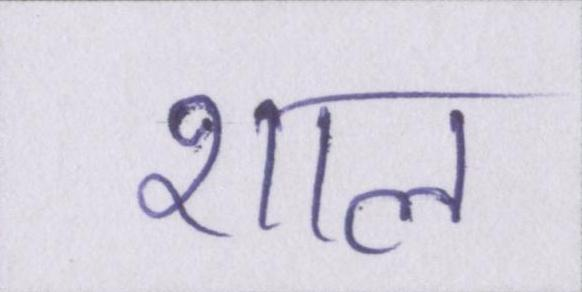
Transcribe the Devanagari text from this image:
शाल